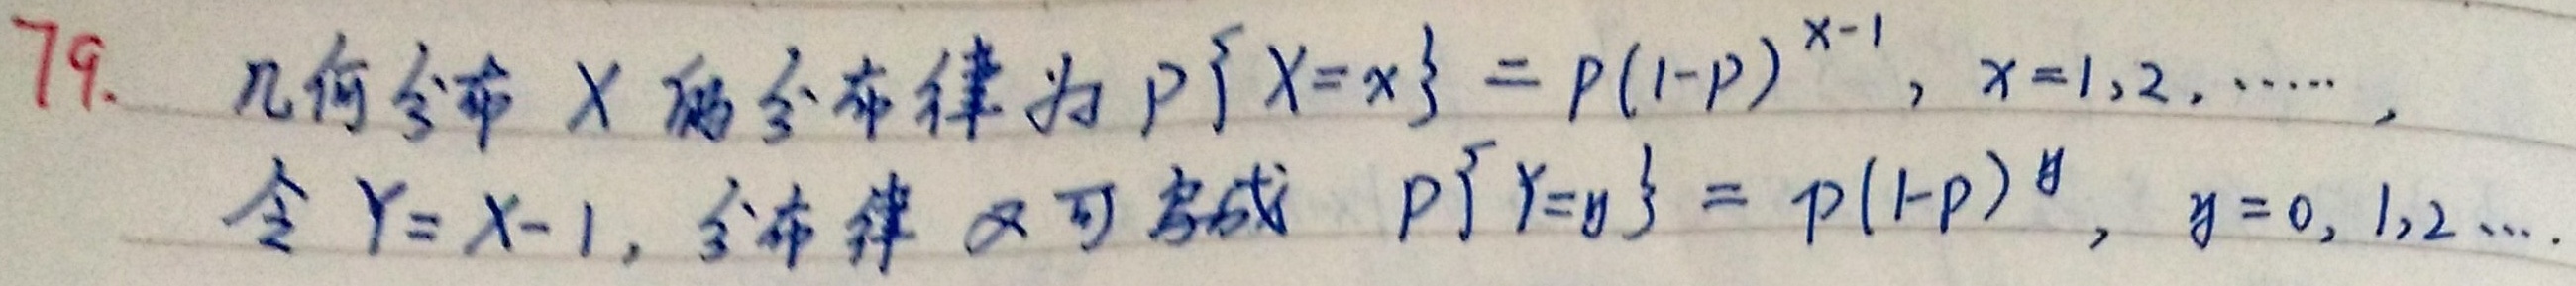
几何分布 \(X\) 的分布律为 \(P\{X = x\} = p(1 - p)^{x - 1},x = 1,2,\cdots\)。令 \(Y = X - 1\)，分布律又可写成 \(P\{Y = y\} = p(1 - p)^{y},y = 0,1,2,\cdots\) 。